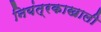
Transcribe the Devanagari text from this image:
नियंत्रकाखाली